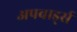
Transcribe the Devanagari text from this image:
अपवार्ड्स